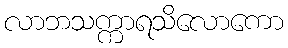
လာဘသက္ကာရသိလောကော